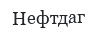
Нефтдаг